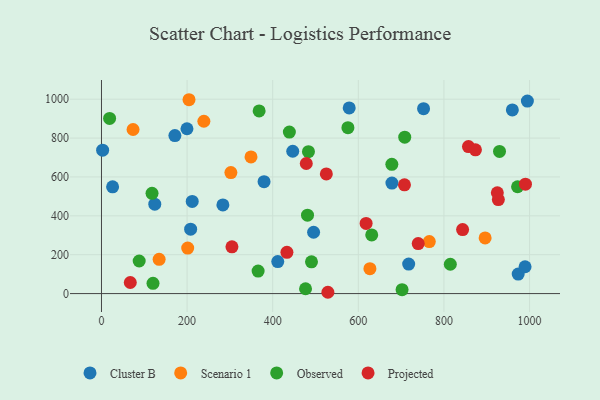
{"axis": {"x": "Ad Spend", "y": "Yield"}, "legend": ["Cluster B", "Observed", "Projected", "Scenario 1"], "data": [{"x": "411.8", "y": 164.8, "type": "Cluster B"}, {"x": "124.5", "y": 459.7, "type": "Cluster B"}, {"x": "578.7", "y": 955.2, "type": "Cluster B"}, {"x": "26.0", "y": 549.4, "type": "Cluster B"}, {"x": "208.3", "y": 331.3, "type": "Cluster B"}, {"x": "994.9", "y": 990.4, "type": "Cluster B"}, {"x": "446.8", "y": 732.2, "type": "Cluster B"}, {"x": "678.5", "y": 568.6, "type": "Cluster B"}, {"x": "717.6", "y": 151.9, "type": "Cluster B"}, {"x": "495.5", "y": 315.6, "type": "Cluster B"}, {"x": "752.4", "y": 951.3, "type": "Cluster B"}, {"x": "2.7", "y": 737.5, "type": "Cluster B"}, {"x": "973.5", "y": 100.4, "type": "Cluster B"}, {"x": "959.8", "y": 944.6, "type": "Cluster B"}, {"x": "212.0", "y": 474.3, "type": "Cluster B"}, {"x": "379.8", "y": 575.9, "type": "Cluster B"}, {"x": "989.5", "y": 137.9, "type": "Cluster B"}, {"x": "199.7", "y": 847.9, "type": "Cluster B"}, {"x": "283.6", "y": 456.0, "type": "Cluster B"}, {"x": "171.5", "y": 812.8, "type": "Cluster B"}, {"x": "627.1", "y": 128.2, "type": "Scenario 1"}, {"x": "239.2", "y": 886.6, "type": "Scenario 1"}, {"x": "73.8", "y": 844.1, "type": "Scenario 1"}, {"x": "204.5", "y": 997.3, "type": "Scenario 1"}, {"x": "765.8", "y": 267.3, "type": "Scenario 1"}, {"x": "349.3", "y": 702.8, "type": "Scenario 1"}, {"x": "896.2", "y": 286.5, "type": "Scenario 1"}, {"x": "302.3", "y": 622.7, "type": "Scenario 1"}, {"x": "134.7", "y": 176.1, "type": "Scenario 1"}, {"x": "201.4", "y": 234.1, "type": "Scenario 1"}, {"x": "929.8", "y": 731.3, "type": "Observed"}, {"x": "708.4", "y": 804.8, "type": "Observed"}, {"x": "368.3", "y": 939.8, "type": "Observed"}, {"x": "481.3", "y": 403.5, "type": "Observed"}, {"x": "365.9", "y": 115.8, "type": "Observed"}, {"x": "483.5", "y": 729.9, "type": "Observed"}, {"x": "631.3", "y": 302.0, "type": "Observed"}, {"x": "814.9", "y": 150.8, "type": "Observed"}, {"x": "19.0", "y": 901.1, "type": "Observed"}, {"x": "120.4", "y": 53.0, "type": "Observed"}, {"x": "678.3", "y": 665.1, "type": "Observed"}, {"x": "438.9", "y": 830.8, "type": "Observed"}, {"x": "702.2", "y": 20.1, "type": "Observed"}, {"x": "118.1", "y": 515.7, "type": "Observed"}, {"x": "972.0", "y": 549.5, "type": "Observed"}, {"x": "490.6", "y": 163.1, "type": "Observed"}, {"x": "575.7", "y": 853.5, "type": "Observed"}, {"x": "476.7", "y": 24.8, "type": "Observed"}, {"x": "88.1", "y": 167.6, "type": "Observed"}, {"x": "618.2", "y": 360.7, "type": "Projected"}, {"x": "739.9", "y": 257.5, "type": "Projected"}, {"x": "927.1", "y": 483.4, "type": "Projected"}, {"x": "478.4", "y": 669.1, "type": "Projected"}, {"x": "843.6", "y": 329.1, "type": "Projected"}, {"x": "924.7", "y": 518.7, "type": "Projected"}, {"x": "67.3", "y": 56.9, "type": "Projected"}, {"x": "857.3", "y": 756.1, "type": "Projected"}, {"x": "433.2", "y": 212.2, "type": "Projected"}, {"x": "304.8", "y": 240.7, "type": "Projected"}, {"x": "707.8", "y": 559.7, "type": "Projected"}, {"x": "990.4", "y": 562.6, "type": "Projected"}, {"x": "525.3", "y": 615.7, "type": "Projected"}, {"x": "873.6", "y": 739.3, "type": "Projected"}, {"x": "528.9", "y": 6.7, "type": "Projected"}]}